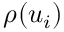
\rho ( u _ { i } )